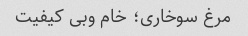
مرغ سوخاری؛ خام وبی کیفیت